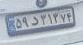
۵۹د۳۱۳۷۴